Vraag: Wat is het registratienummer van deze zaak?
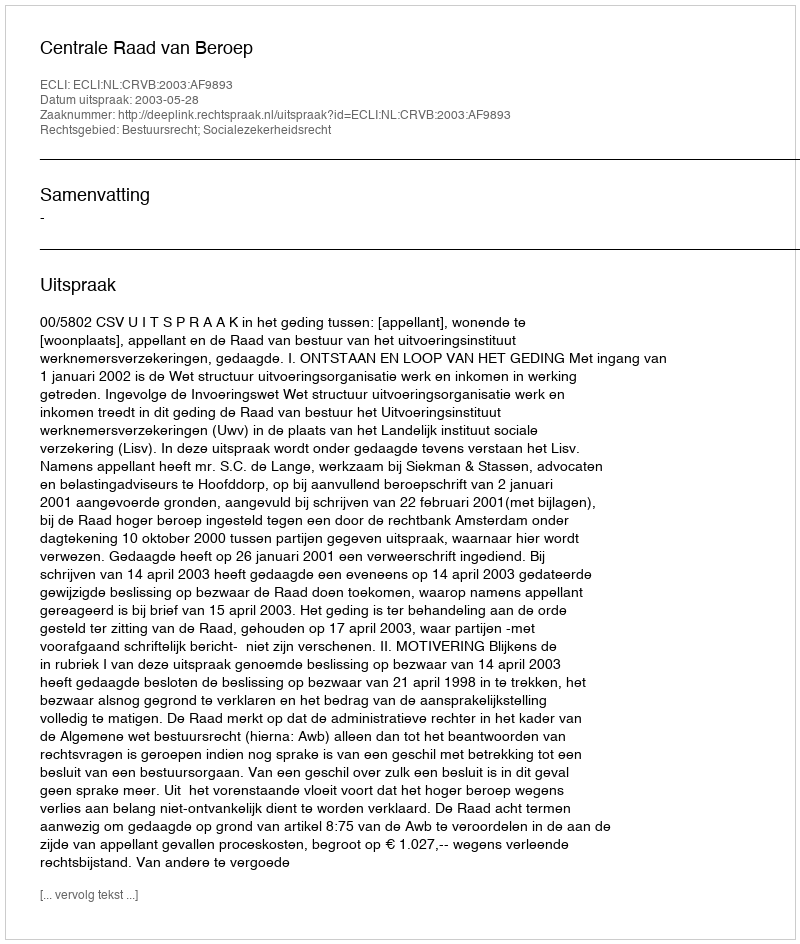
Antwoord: http://deeplink.rechtspraak.nl/uitspraak?id=ECLI:NL:CRVB:2003:AF9893